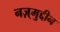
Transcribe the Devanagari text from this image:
नज़्मुद्दीन